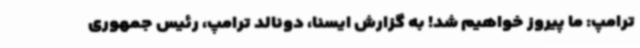
ترامپ: ما پیروز خواهیم شد! به گزارش ایسنا، دونالد ترامپ، رئیس جمهوری